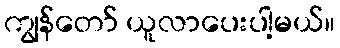
ကျွန်တော် ယူလာပေးပါ့မယ်။